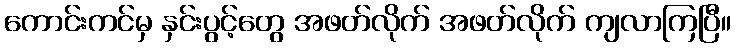
ကောင်းကင်မှ နှင်းပွင့်တွေ အဖတ်လိုက် အဖတ်လိုက် ကျလာကြပြီ။